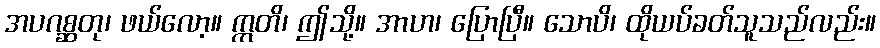
အပဂစ္ဆတု၊ ဖယ်လော့။ ဣတိ၊ ဤသို့။ အာဟ၊ ပြောပြီ။ သောပိ၊ ထိုယပ်ခတ်သူသည်လည်း။